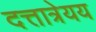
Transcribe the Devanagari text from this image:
दत्तात्रेयय